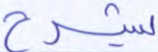
يشرح